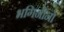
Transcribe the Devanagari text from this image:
भगिनींनो